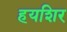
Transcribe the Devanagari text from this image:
हयशिर